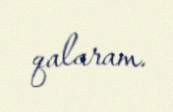
qalaram.